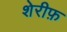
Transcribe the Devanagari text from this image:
शेरीफ़